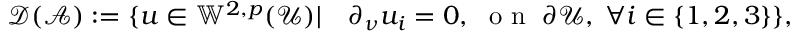
\mathcal { D } ( \mathcal { A } ) : = \{ u \in \mathbb { W } ^ { 2 , p } ( \mathcal { U } ) | \quad \partial _ { \nu } u _ { i } = 0 , \; \mathrm { ~ o ~ n ~ } \; \partial \mathcal { U } , \; \forall i \in \{ 1 , 2 , 3 \} \} ,